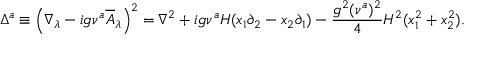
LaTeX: \Delta ^ { a } \equiv \left( \nabla _ { \lambda } - i g \nu ^ { a } \overline { { { A } } } _ { \lambda } \right) ^ { 2 } = \nabla ^ { 2 } + i g \nu ^ { a } H ( x _ { 1 } \partial _ { 2 } - x _ { 2 } \partial _ { 1 } ) - { \frac { g ^ { 2 } ( \nu ^ { a } ) ^ { 2 } } { 4 } } H ^ { 2 } ( x _ { 1 } ^ { 2 } + x _ { 2 } ^ { 2 } ) .